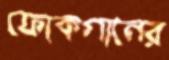
ফোকগানের